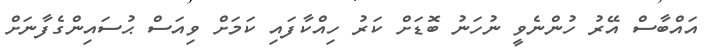
އައްބާސް އޭރު ހުންނެވީ ނުހަނު ބޮޑަށް ކަރު ހިއްކާފައި ކަމަށް ވިއަސް ޙުސައިންގެފާނަށް